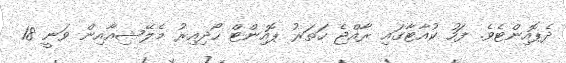
ދެޕޮއިންޓެވެ. ފަހު ކުއާޓާގައި ރާއްޖެ ހަތަރު ޕޮއިންޓް ހޯދިއިރު މެލޭޝިއާއިން ވަނީ 18